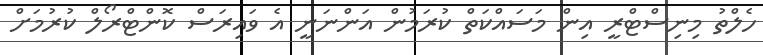
ހެލްތު މިނިސްޓްރީ އިން މަސައްކަތް ކުރަމުން އަންނަނީ އެ ވައިރަސް ކޮންޓްރޯލް ކުރުމަށް